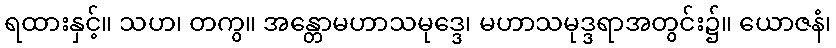
ရထားနှင့်။ သဟ၊ တကွ။ အန္တောမဟာသမုဒ္ဒေ၊ မဟာသမုဒ္ဒရာအတွင်း၌။ ယောဇနံ၊